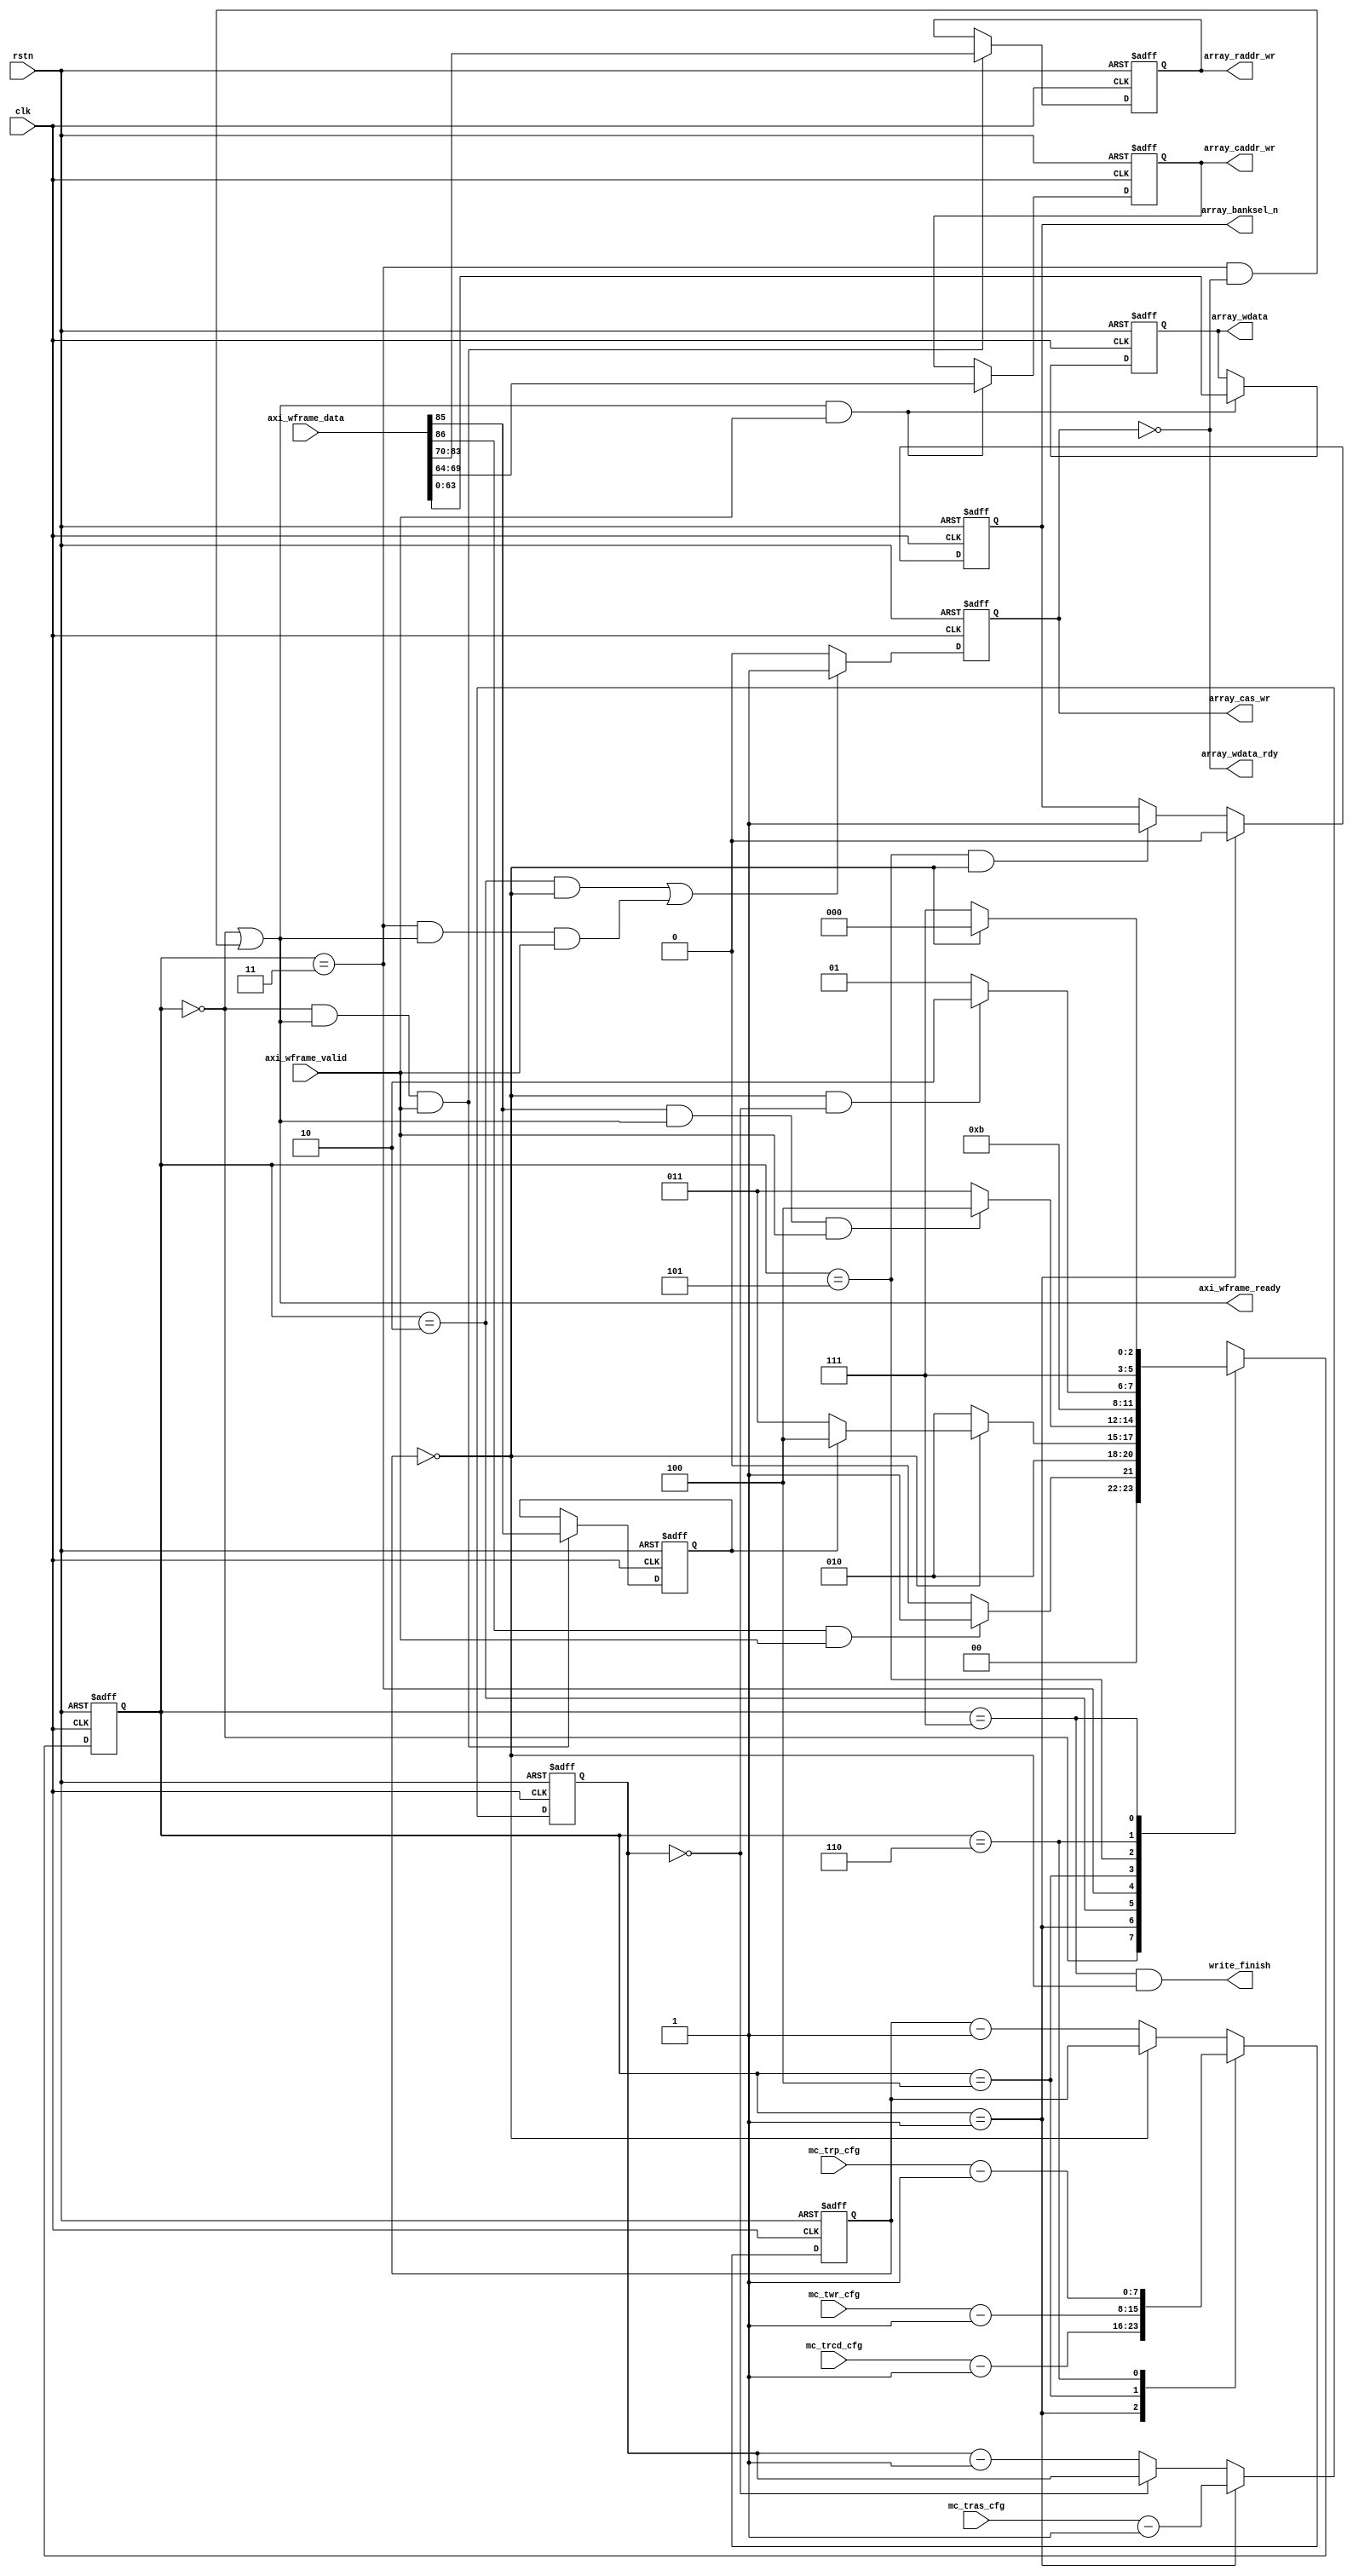
`timescale 1ns / 1ps
//////////////////////////////////////////////////////////////////////////////////
// Company: 
// Engineer: 
// 
// Design Name: 
// Module Name: array_wr_ctrl
// Project Name: 
// Target Devices: 
// Tool Versions: 
// Description: 
// 
// Dependencies: 
// 
// Revision:
// Revision 0.01 - File Created
// Additional Comments:
// latest version: use the common counter to control the FSM
// 
//////////////////////////////////////////////////////////////////////////////////


module array_wr_ctrl #(
    parameter DATA_WIDTH    = 64,
    parameter RADDR_WIDTH   = 14,
    parameter CADDR_WIDTH   = 6,
    parameter FRAME_WIDTH   = DATA_WIDTH + RADDR_WIDTH + CADDR_WIDTH + 3
)(
    //clock and reset
    input                                       clk                 ,
    input                                       rstn                ,

    //configure signal      
    input           [7:0]                       mc_trcd_cfg         ,
    input           [7:0]                       mc_twr_cfg          ,
    input           [7:0]                       mc_trp_cfg          ,
    input           [7:0]                       mc_tras_cfg         ,       

    //fsm ctrl interface    
    input           [FRAME_WIDTH - 1:0]         axi_wframe_data     ,
    input                                       axi_wframe_valid    ,
    output                                      axi_wframe_ready    ,
    output                                      write_finish        ,

    //array interface   
    output reg                                  array_banksel_n     ,
    output reg     [RADDR_WIDTH - 1:0]          array_raddr_wr      ,
    output reg                                  array_cas_wr        ,
    output reg     [CADDR_WIDTH - 1:0]          array_caddr_wr      ,
    output                                      array_wdata_rdy     ,
    output reg     [DATA_WIDTH - 1:0]           array_wdata

);


    localparam IDLE             = 3'd0;
    localparam SRADDR           = 3'd1;
    localparam RCD              = 3'd2;
    localparam WDATA            = 3'd3;
    localparam WLAST            = 3'd4;
    localparam WR               = 3'd5;
    localparam PRE_RP           = 3'd6;
    localparam RP               = 3'd7;

    reg [2:0]       curr_state  ;
    reg [2:0]       next_state  ;

    reg [7:0]       mc_trcd_cfg_cnt    ;
    reg [7:0]       mc_twr_cfg_cnt     ;
    reg [7:0]       mc_trp_cfg_cnt     ;
    reg [7:0]       mc_tras_cfg_cnt    ;


    wire                        eof         ;
    wire                        sof         ;
    wire                        rw_flag     ;
    wire [RADDR_WIDTH - 1:0]    raddr       ;
    wire [CADDR_WIDTH - 1:0]    caddr       ;
    wire [DATA_WIDTH - 1:0]     data        ;

    reg                         eof_flag    ;
    reg [7:0] fsm_cnt;
    reg [7:0] ras_cnt;

    always @(posedge clk or negedge rstn) begin
        if(!rstn)
            curr_state <= IDLE;
        else
            curr_state <= next_state;
    end

    always @(*) begin
        case(curr_state)

        IDLE:begin
            if(sof && axi_wframe_valid)
                next_state = SRADDR;
            else
                next_state = IDLE;
        end 

        SRADDR:begin
            next_state = RCD;
        end         

        RCD:begin
            if(fsm_cnt == 8'd0)begin
                if(eof_flag == 0)
                    next_state = WDATA;
                else
                    next_state = WLAST;
            end
            else
                next_state = RCD;
        end
            
        WDATA:begin
            if(eof && axi_wframe_ready && axi_wframe_valid)
                next_state = WLAST;
            else
                next_state = WDATA;
        end

        WLAST:begin
            next_state = WR;
        end

        WR:begin
            if(fsm_cnt == 8'd0 && ras_cnt == 8'd0)
                next_state = PRE_RP;
            else
                next_state = WR;
        end

        PRE_RP:begin
            next_state = RP;
        end 

        RP:begin
            if(fsm_cnt == 8'd0)
                next_state = IDLE;
            else
                next_state = RP;
        end             

        default: next_state = IDLE;
        endcase
    end


    //counters ctrl
    // always @(posedge clk or negedge rstn) begin
    //     if(!rstn)
    //         mc_trcd_cfg_cnt <= 3'd0;
    //     else if(curr_state == RCD)begin
    //         if(mc_trcd_cfg_cnt == mc_trcd_cfg - 1)
    //             mc_trcd_cfg_cnt <= 3'd0;
    //         else
    //             mc_trcd_cfg_cnt <= mc_trcd_cfg_cnt + 1'b1;
    //     end
    // end

    // always @(posedge clk or negedge rstn) begin
    //     if(!rstn)
    //         mc_twr_cfg_cnt <= 3'd0;
    //     else if(curr_state == WR)begin
    //         if(mc_twr_cfg_cnt == mc_twr_cfg - 1)
    //             mc_twr_cfg_cnt <= 3'd0;
    //         else
    //             mc_twr_cfg_cnt <= mc_twr_cfg_cnt + 1'b1;
    //     end
    // end

    // always @(posedge clk or negedge rstn) begin
    //     if(!rstn)
    //         mc_tras_cfg_cnt <= 8'd0;
    //     else if(curr_state == RP || curr_state == WDATA || curr_state == WLAST || curr_state == WR)
    //         mc_tras_cfg_cnt <= mc_tras_cfg_cnt + 1'b1;
    //     else
    //         mc_tras_cfg_cnt <= 8'd0;
    // end
    
    
    // always @(posedge clk or negedge rstn) begin
    //     if(!rstn)
    //         mc_trp_cfg_cnt <= 8'd0;
    //     else if(curr_state == RP)begin
    //         if(mc_trp_cfg_cnt == mc_trp_cfg - 1)
    //             mc_trp_cfg_cnt <= 8'd0;
    //         else
    //             mc_trp_cfg_cnt <=  mc_trp_cfg_cnt + 1'b1;
    //     end
    // end


    //delay
    //pre


    always @(posedge clk or negedge rstn) begin
        if(!rstn)
            fsm_cnt <= 8'd0;

        else begin
            case(curr_state)
                SRADDR  : fsm_cnt <= mc_trcd_cfg - 1'b1 ;
                WLAST   : fsm_cnt <= mc_twr_cfg - 1'b1  ;
                PRE_RP  : fsm_cnt <= mc_trp_cfg - 1'b1  ;
                default : fsm_cnt <= (fsm_cnt == 8'd0) ? fsm_cnt : fsm_cnt - 1'b1;
            endcase
        end 
    end

    always @(posedge clk or negedge rstn) begin
        if(!rstn)
            ras_cnt <= 8'd0;
        else if(curr_state == SRADDR)
            ras_cnt <= mc_tras_cfg - 1'b1;
        else
            ras_cnt <= (ras_cnt == 8'd0) ? ras_cnt : ras_cnt - 1'b1;
    end


    // assign sof = axi_wframe_data[86];
    // assign eof = axi_wframe_data[85];
    assign {sof, eof, rw_flag, raddr, caddr, data} = axi_wframe_data;

    
    always @(posedge clk or negedge rstn) begin
        if(!rstn)
            eof_flag <= 1'b0;
        else if(curr_state == IDLE && axi_wframe_ready && axi_wframe_valid)
            eof_flag <= eof;
    end

    //some outputs
    assign write_finish = (curr_state == RP) && (fsm_cnt == 8'd0);

    assign axi_wframe_ready = (curr_state == IDLE) || (curr_state == WDATA && ~array_cas_wr);   //for one data?

    assign array_wdata_rdy =  ~ array_cas_wr;

    always @(posedge clk or negedge rstn) begin
        if(!rstn)
            array_banksel_n <= 1'b1;
        else if(curr_state == SRADDR)
            array_banksel_n <= 1'b0;
        else if(curr_state == WR && fsm_cnt == 8'd0)
            array_banksel_n <= 1'b1;
    end

    always @(posedge clk or negedge rstn) begin
        if(!rstn)
            array_cas_wr <= 1'b0;
        else if((curr_state == RCD && fsm_cnt == 8'd0) || (curr_state == WDATA && axi_wframe_ready && axi_wframe_valid))
            array_cas_wr <= 1'b1;
        else if(array_cas_wr)
            array_cas_wr <= 1'b0;
    end

    always @(posedge clk or negedge rstn) begin
        if(!rstn)
            array_wdata <= 64'd0;
        else if(axi_wframe_ready && axi_wframe_valid)
            array_wdata <= data;
    end

    always @(posedge clk or negedge rstn) begin
        if(!rstn)
            array_caddr_wr <= 6'd0;
        else if(axi_wframe_ready && axi_wframe_valid)
            array_caddr_wr <= caddr;
    end

    always @(posedge clk or negedge rstn) begin
        if(!rstn)
            array_raddr_wr <= 8'd0;
        else if(curr_state == IDLE && axi_wframe_ready && axi_wframe_valid)
            array_raddr_wr <= raddr;
    end
        
endmodule